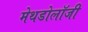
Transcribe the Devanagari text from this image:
मेथडोलॉजी